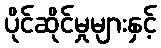
ပိုင်ဆိုင်မှုများနှင့်